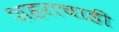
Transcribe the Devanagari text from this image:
शहराचाही